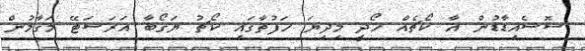
ސޮސެއިޑާޑުން އާ ކޯޗެއް ހޯދީ މިދިޔަ ހަފުތާގައި ކޯޗު ޔަގޯބާ އަރަސަޓޭ މަގާމުން